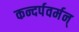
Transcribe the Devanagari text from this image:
कन्दर्पवर्मन्